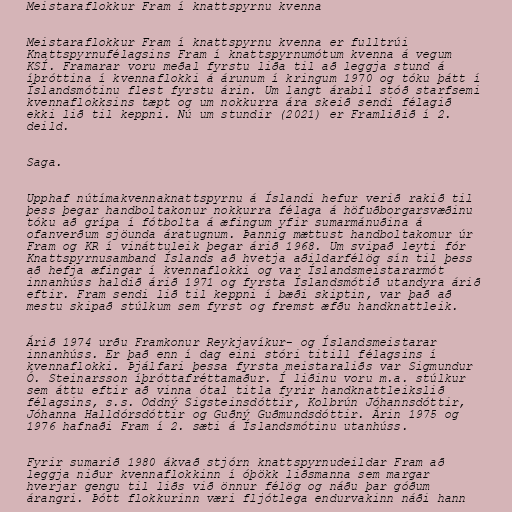
Meistaraflokkur Fram í knattspyrnu kvenna

Meistaraflokkur Fram í knattspyrnu kvenna er fulltrúi
Knattspyrnufélagsins Fram í knattspyrnumótum kvenna á vegum
KSÍ. Framarar voru meðal fyrstu liða til að leggja stund á
íþróttina í kvennaflokki á árunum í kringum 1970 og tóku þátt í
Íslandsmótinu flest fyrstu árin. Um langt árabil stóð starfsemi
kvennaflokksins tæpt og um nokkurra ára skeið sendi félagið
ekki lið til keppni. Nú um stundir (2021) er Framliðið í 2.
deild.

Saga.

Upphaf nútímakvennaknattspyrnu á Íslandi hefur verið rakið til
þess þegar handboltakonur nokkurra félaga á höfuðborgarsvæðinu
tóku að grípa í fótbolta á æfingum yfir sumarmánuðina á
ofanverðum sjöunda áratugnum. Þannig mættust handboltakomur úr
Fram og KR í vináttuleik þegar árið 1968. Um svipað leyti fór
Knattspyrnusamband Íslands að hvetja aðildarfélög sín til þess
að hefja æfingar í kvennaflokki og var Íslandsmeistararmót
innanhúss haldið árið 1971 og fyrsta Íslandsmótið utandyra árið
eftir. Fram sendi lið til keppni í bæði skiptin, var það að
mestu skipað stúlkum sem fyrst og fremst æfðu handknattleik.

Árið 1974 urðu Framkonur Reykjavíkur- og Íslandsmeistarar
innanhúss. Er það enn í dag eini stóri titill félagsins í
kvennaflokki. Þjálfari þessa fyrsta meistaraliðs var Sigmundur
Ó. Steinarsson íþróttafréttamaður. Í liðinu voru m.a. stúlkur
sem áttu eftir að vinna ótal titla fyrir handknattleikslið
félagsins, s.s. Oddný Sigsteinsdóttir, Kolbrún Jóhannsdóttir,
Jóhanna Halldórsdóttir og Guðný Guðmundsdóttir. Árin 1975 og
1976 hafnaði Fram í 2. sæti á Íslandsmótinu utanhúss.

Fyrir sumarið 1980 ákvað stjórn knattspyrnudeildar Fram að
leggja niður kvennaflokkinn í óþökk liðsmanna sem margar
hverjar gengu til liðs við önnur félög og náðu þar góðum
árangri. Þótt flokkurinn væri fljótlega endurvakinn náði hann